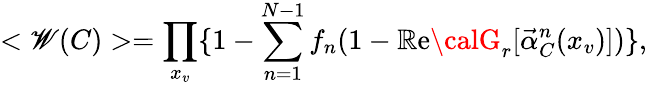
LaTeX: <\mathscr{W}(C)>=\prod_{x_{v}}\{ 1-\sum_{n=1}^{N-1}f_{n}(1-\mathbb{R}\mathrm{e}{\calG}_{r}[\vec{{\alpha}}_{C}^{n}(x_{v})])\} ,